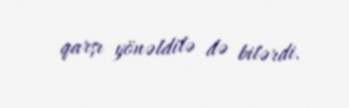
qarşı yönəldilə də bilərdi.